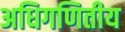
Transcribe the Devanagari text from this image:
अधिगणितीय